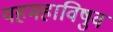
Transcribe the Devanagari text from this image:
यहमहाविषुव